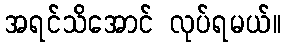
အရင်သိအောင် လုပ်ရမယ်။